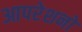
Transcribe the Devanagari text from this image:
आपरेशनो